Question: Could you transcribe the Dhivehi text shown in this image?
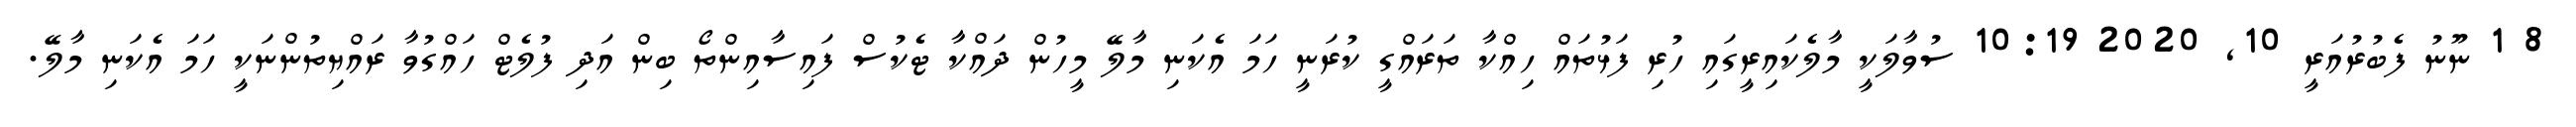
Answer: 8 1 ނޫނު ފެބުރުއަރީ 10, 2020 10:19 ސުވާލަކީ މާލެކައިރީގައި ހުރި ފަޅުތައް ހިއްކާ ތަރައްގީ ކުރަނީ ހަމަ އެކަނި މާލޭ މީހުން ދައްކާ ޓެކުސް ފައިސާއިންތޯ ބިން އަދި ފުލެޓް ހައްގުވާ ރައްޔިތުންނަކީ ހަމަ އެކަނި މާލޭ.